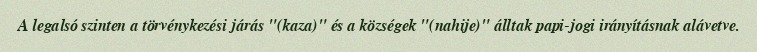
A legalsó szinten a törvénykezési járás "(kaza)" és a községek "(nahije)" álltak papi-jogi irányításnak alávetve.